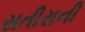
સતીરાની